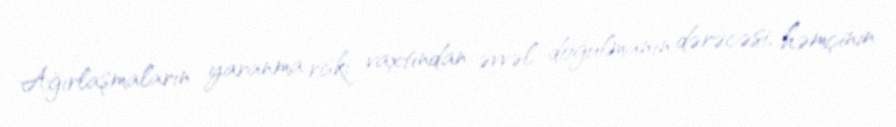
Ağırlaşmaların yaranma riski vaxtından əvvəl doğulmanın dərəcəsi, həmçinin